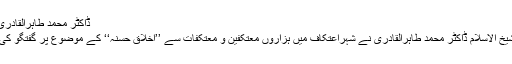
ڈاکٹر محمد طاہرالقادری
شیخ الاسلام ڈاکٹر محمد طاہرالقادری نے شہراعتکاف میں ہزاروں معتکفین و معتکفات سے ’’اخلاق حسنہ‘‘ کے موضوع پر گفتگو کی۔